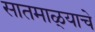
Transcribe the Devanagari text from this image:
सातमाळ्याचे